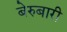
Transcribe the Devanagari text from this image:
बेरुबारी